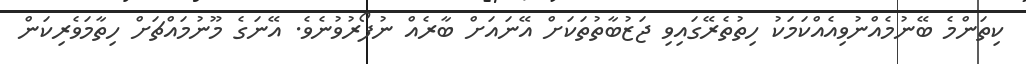
ކިތަންމެ ބޭނުމެއްނުވިއެއްކަމަކު ހިތުތެރޭގައިވި ޖަޒުބާތުތަކަށް އޭނައަށް ބާރެއް ނުފޯރުވުނެވެ. އޭނަގެ މޫނުމައްޗަށް ހިތާމަވެރިކަން